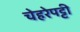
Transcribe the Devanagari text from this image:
चेहरेपट्टी